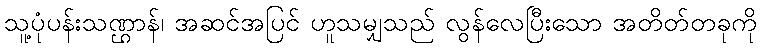
သူ့ပုံပန်းသဏ္ဌာန်၊ အဆင်အပြင် ဟူသမျှသည် လွန်လေပြီးသော အတိတ်တခုကို